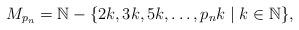
LaTeX: \begin{align*}M_{p_n}=\mathbb{N}-\{2k,3k,5k,\ldots,p_n k\mid k\in\mathbb{N}\},\end{align*}